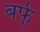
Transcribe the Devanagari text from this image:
बर्फ्